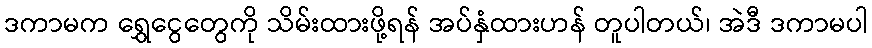
ဒကာမက ရွှေငွေတွေကို သိမ်းထားဖို့ရန် အပ်နှံထားဟန် တူပါတယ်၊ အဲဒီ ဒကာမပါ